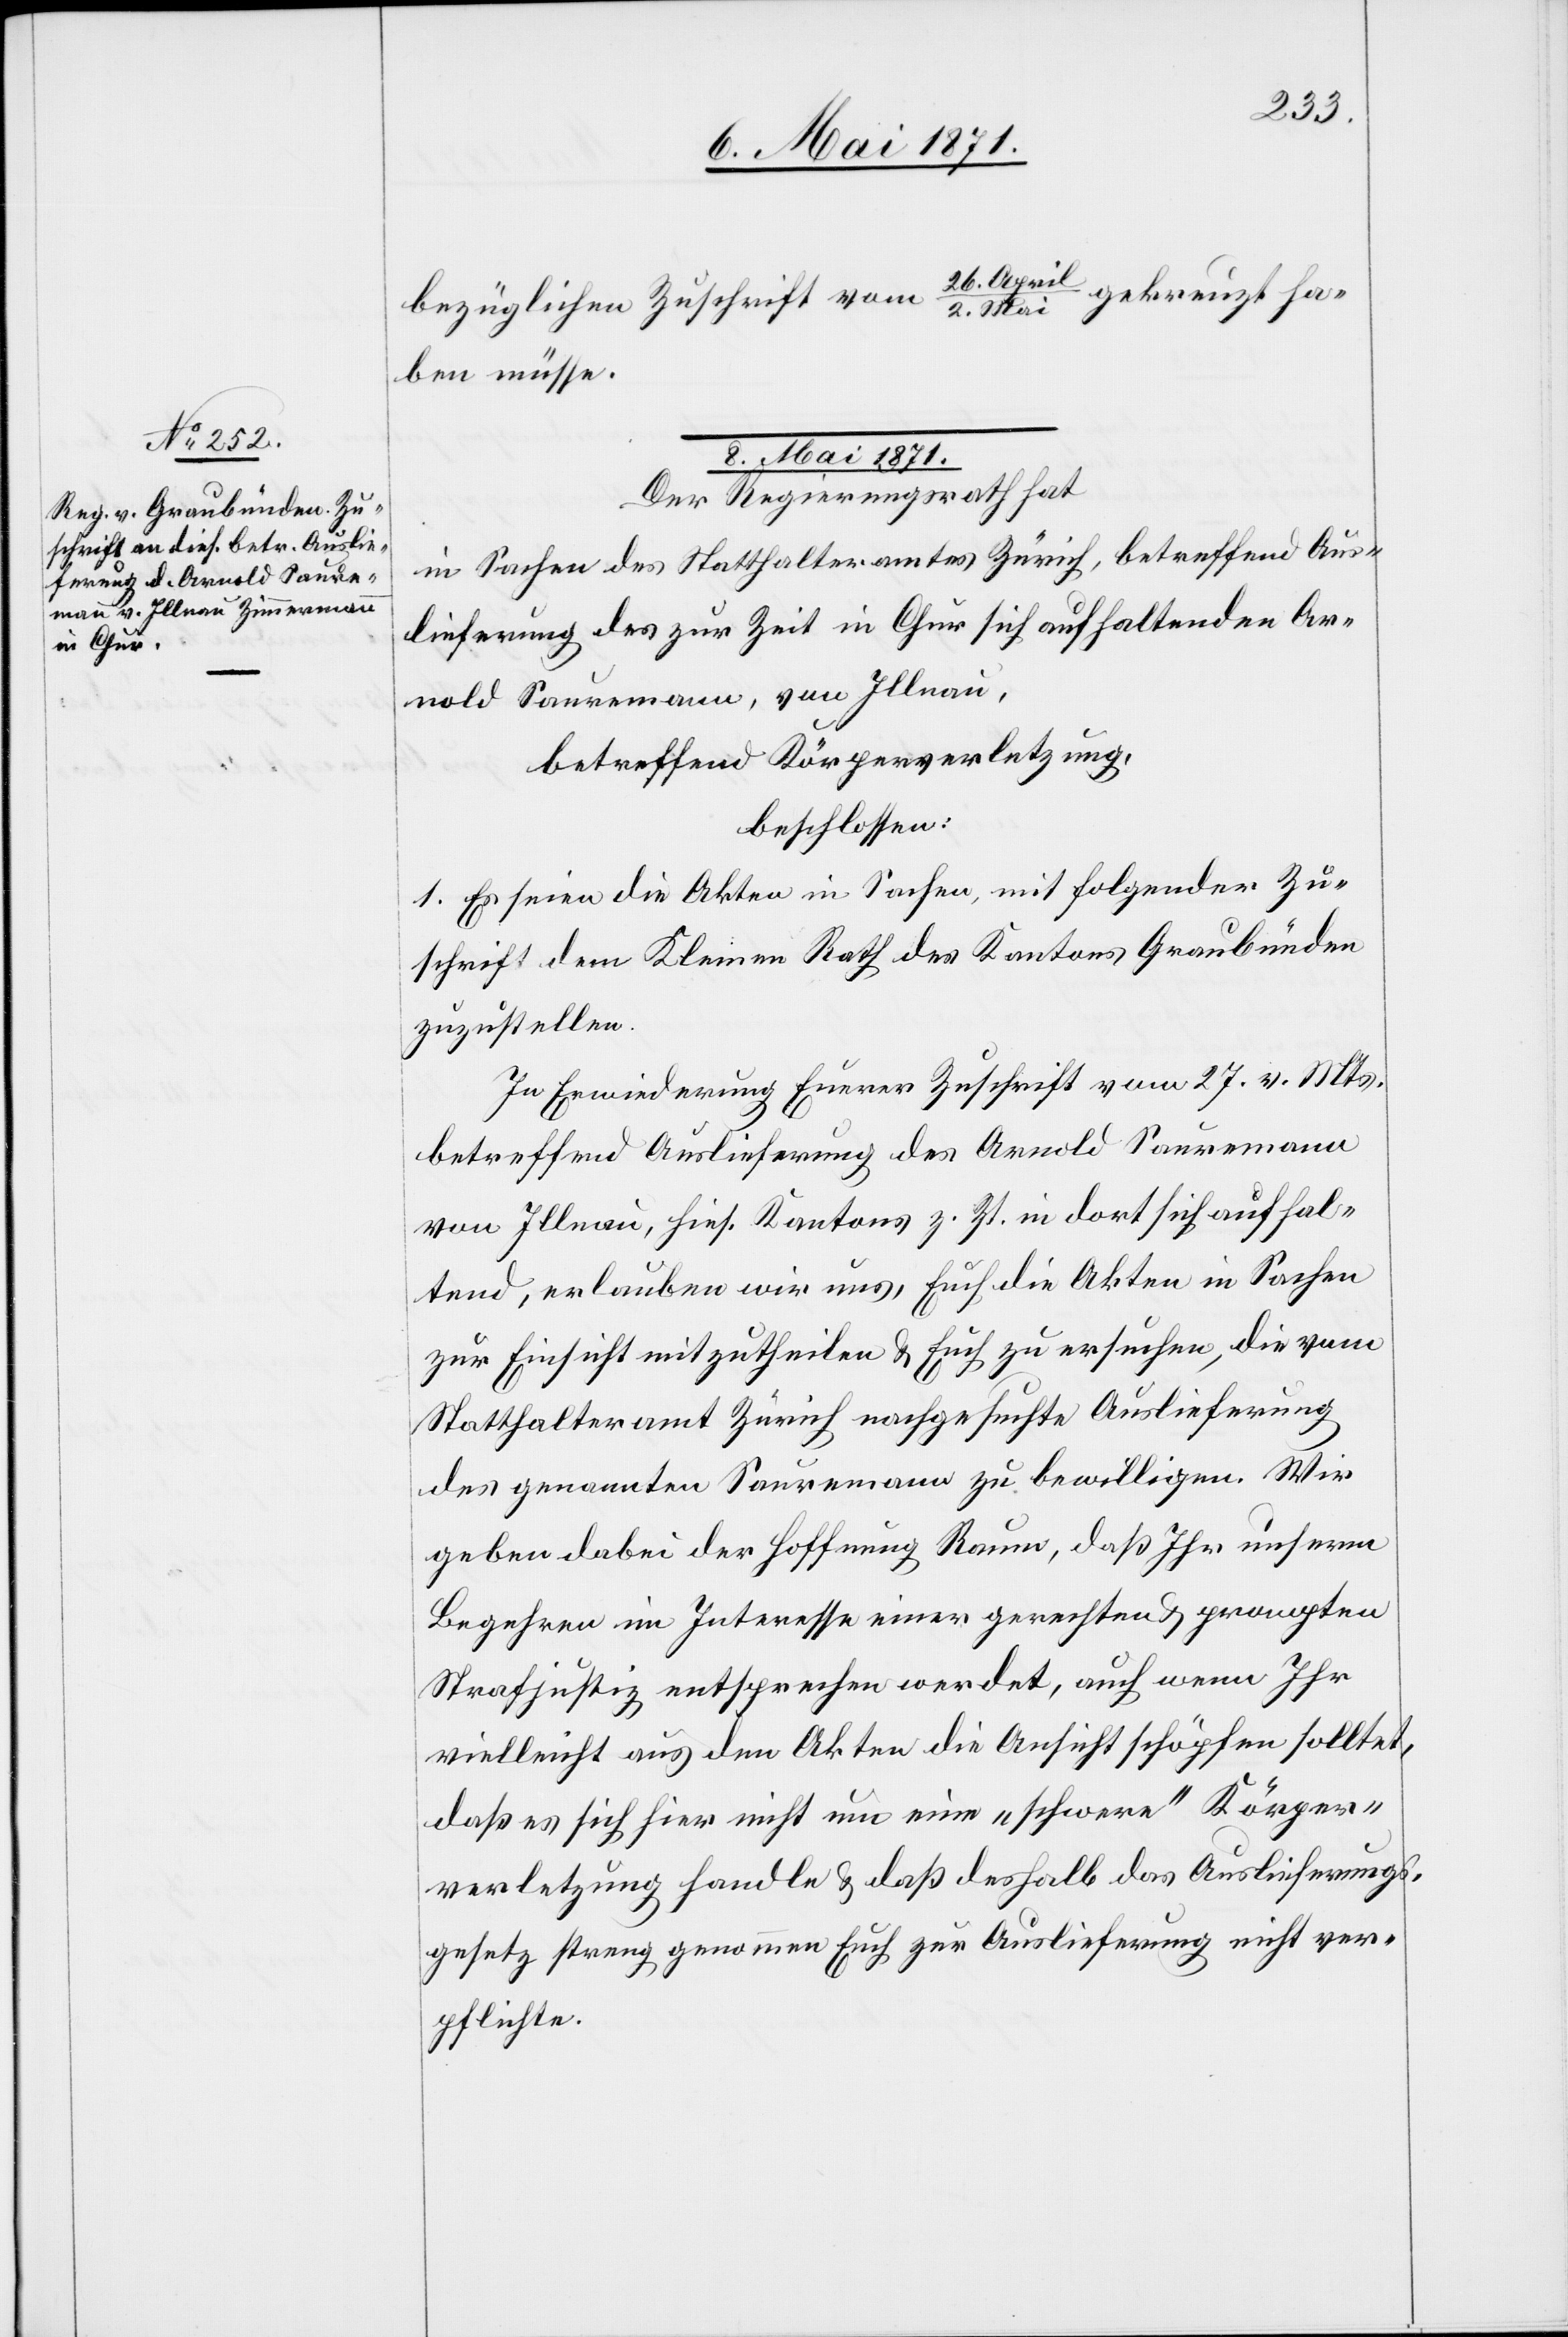
8. Mai 1871.
26. April/2. Mai gekreuzt ha¬
bezüglichen Zuschrift vom
ben müsse.
Der Regierungsrath hat
in Sachen des Statthalteramt Zürich, betreffend Aus¬
lieferung des zur Zeit in Chur sich aufhaltenden Ar¬
nold Sauremann, von Illnau,
betreffend Körperverletzung,
beschlossen:
1. Es seien die Akten in Sachen, mit folgender Zu¬
schrift dem Kleinen Rath des Kantons Graubünden
zuzustellen.
In Erwiederung Eurer Zuschrift vom 27. v. Mts.
betreffend Auslieferung des Arnold Sauremann
von Illnau, hies. Kantons z. Zt. in dort sich aufhal¬
tend, erlauben wir uns, Euch die Akten in Sachen
zur Einsicht mitzutheilen u. Euch zu ersuchen, die vom
Statthalteramt Zürich nachgesuchte Auslieferung
des genannten Sauremann zu bewilligen. Wir
geben dabei der Hoffnung Raum, daß Ihr unserm
Begehren im Interesse einer gerechten u. prompten
Strafjustiz entsprechen werdet, auch wenn Ihr
vielleicht aus den Akten die Ansicht schöpfen sollet,
daß es sich hier nicht um eine „schwere“ Körper¬
verletzung handle u. daß deshalb das Auslieferungs¬
gesetz streng genommen Euch zur Auslieferung nicht ver¬
pflichte.